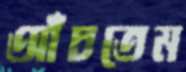
আঁচতেম